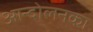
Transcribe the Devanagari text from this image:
आन्दोलनका